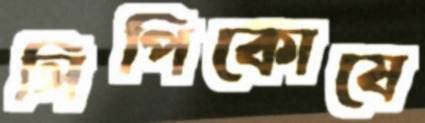
লিপিকোষে